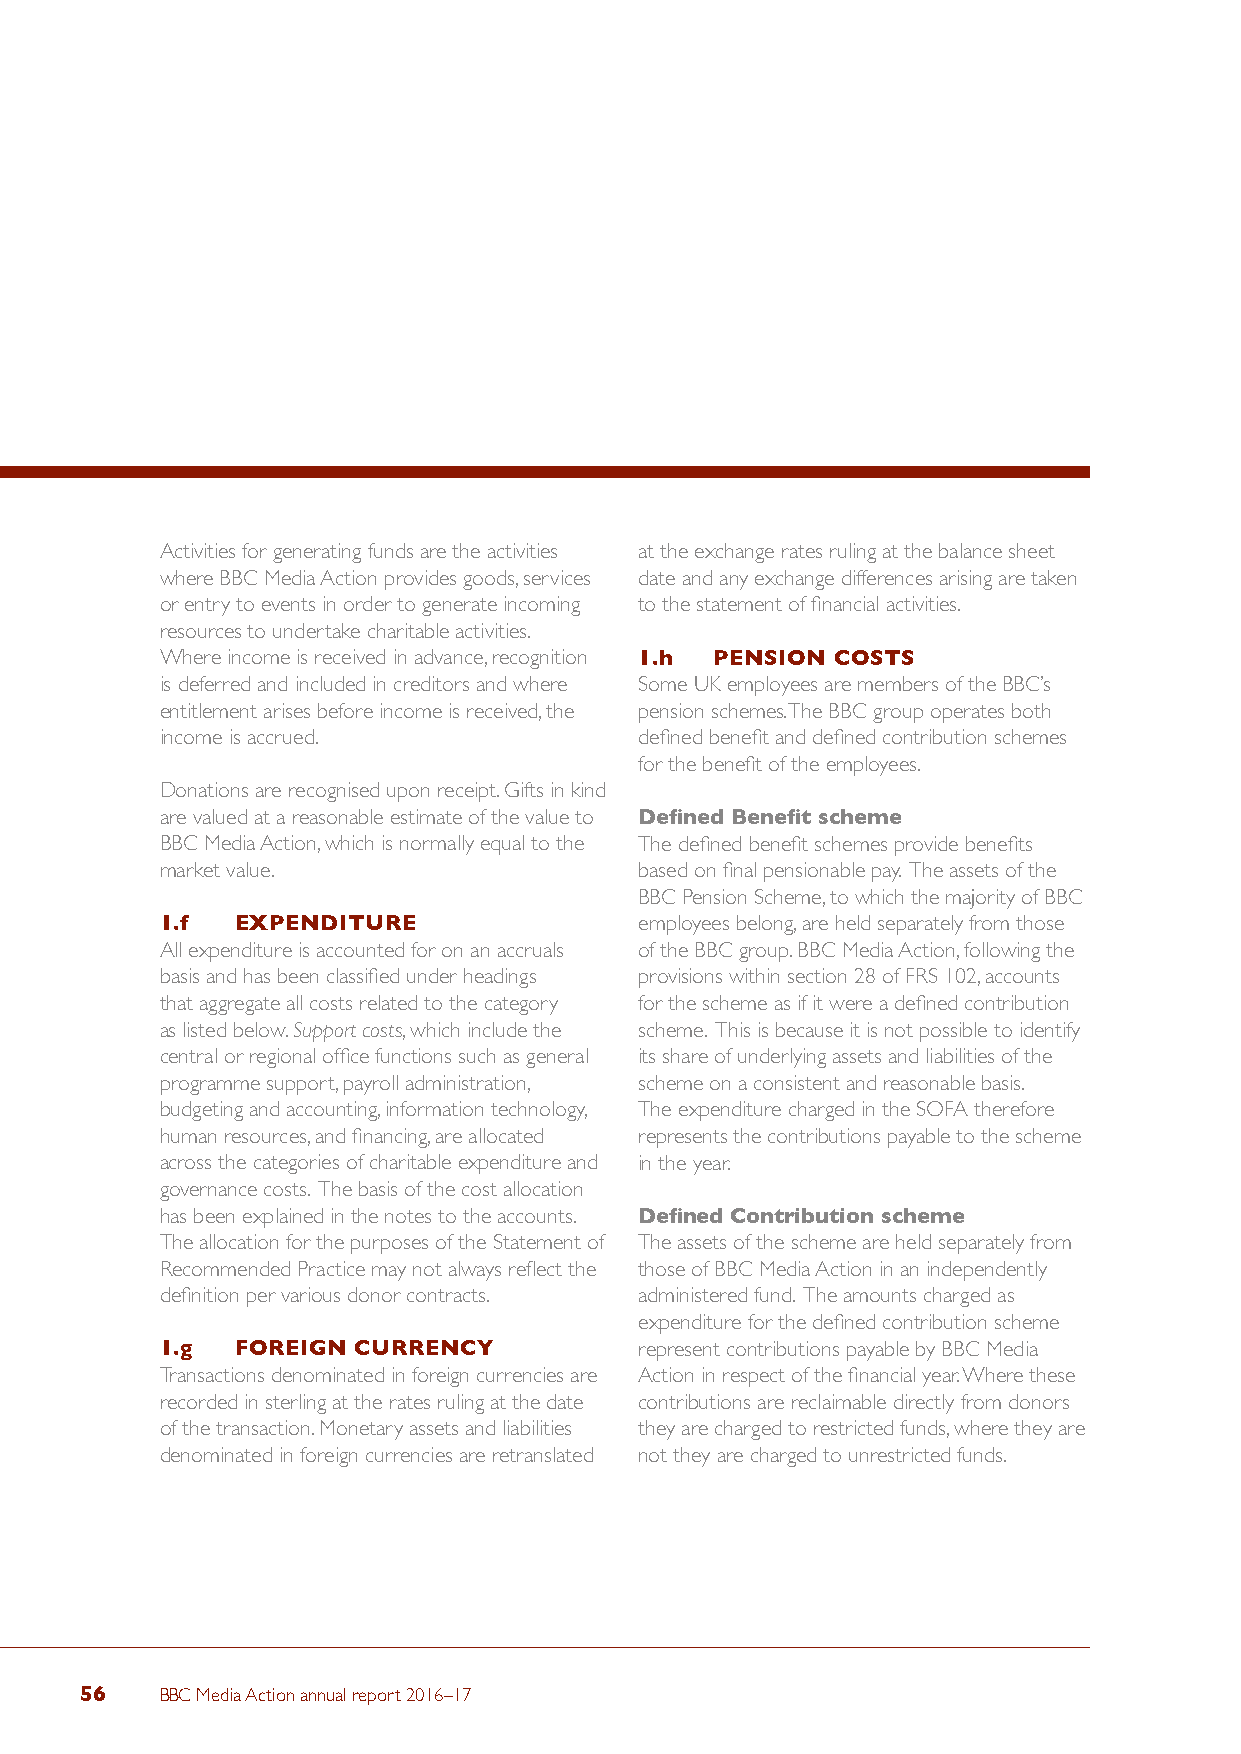
Activities for generating funds are the activities at the exchange rates ruling at the balance sheet
 where BBC Media Action provides goods, services date and any exchange differences arising are taken
 or entry to events in order to generate incoming to the statement of financial activities.
 resources to undertake charitable activities.
 Where income is received in advance, recognition 1.h PENSION COSTS
 is deferred and included in creditors and where Some UK employees are members of the BBC’s
 entitlement arises before income is received, the pension schemes. The BBC group operates both
 income is accrued.             defined benefit and defined contribution schemes
 for the benefit of the employees.
 Donations are recognised upon receipt. Gifts in kind
 are valued at a reasonable estimate of the value to Defined Benefit scheme
 BBC Media Action, which is normally equal to the The defined benefit schemes provide benefits
 market value.                  based on final pensionable pay. The assets of the
 BBC Pension Scheme, to which the majority of BBC
 1.f EXPENDITURE                employees belong, are held separately from those
 All expenditure is accounted for on an accruals of the BBC group. BBC Media Action, following the
 basis and has been classified under headings provisions within section 28 of FRS 102, accounts
 that aggregate all costs related to the category for the scheme as if it were a defined contribution
 as listed below. Support costs, which include the scheme. This is because it is not possible to identify
 central or regional office functions such as general its share of underlying assets and liabilities of the
 programme support, payroll administration, scheme on a consistent and reasonable basis.
 budgeting and accounting, information technology, The expenditure charged in the SOFA therefore
 human resources, and financing, are allocated represents the contributions payable to the scheme
 across the categories of charitable expenditure and in the year.
 governance costs. The basis of the cost allocation
 has been explained in the notes to the accounts. Defined Contribution scheme
 The allocation for the purposes of the Statement of The assets of the scheme are held separately from
 Recommended Practice may not always reflect the those of BBC Media Action in an independently
 definition per various donor contracts. administered fund. The amounts charged as
 expenditure for the defined contribution scheme
 1.g  FOREIGN CURRENCY          represent contributions payable by BBC Media
 Transactions denominated in foreign currencies are Action in respect of the financial year. Where these
 recorded in sterling at the rates ruling at the date contributions are reclaimable directly from donors
 of the transaction. Monetary assets and liabilities they are charged to restricted funds, where they are
 denominated in foreign currencies are retranslated not they are charged to unrestricted funds.
 56    BBC Media Action annual report 2016–17